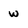
Character: w